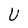
Character: U